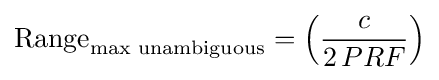
{\text{Range}}_{\text{max unambiguous}}=\left({\frac {c}{2\,PRF}}\right)